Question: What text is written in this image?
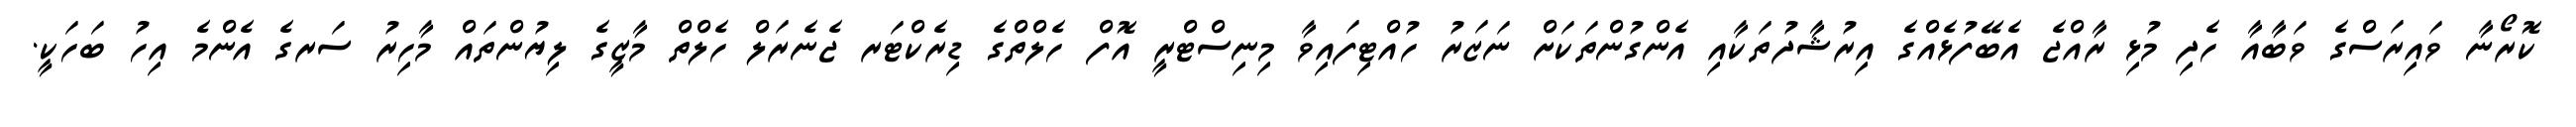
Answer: ކޮރޯނާ ވައިރަސްގެ ވަބާއާ ހެދި މުޅި ރާއްޖެ އެބޭފުޅެއްގެ އިރުޝާދުތަކާއި އެންގުންތަކަށް ނަޒަރު ހުއްޓިފައިވާ މިނިސްޓްރީ އޮފް ހެލްތްގެ ޑިރެކްޓަރ ޖެނެރަލް ހެލްތް މާޒީގެ ލިޔުންތައް މާހިރު ސަރގެ އެންމެ އިހު ބަހަކީ.